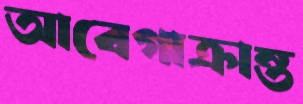
আবেগাক্রান্ত